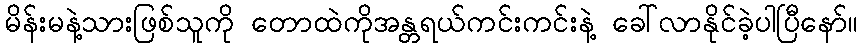
မိန်းမနဲ့သားဖြစ်သူကို တောထဲကိုအန္တရယ်ကင်းကင်းနဲ့ ခေါ်လာနိုင်ခဲ့ပါပြီနော်။